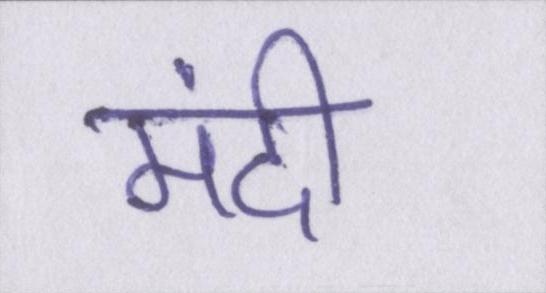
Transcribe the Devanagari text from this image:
मंदी